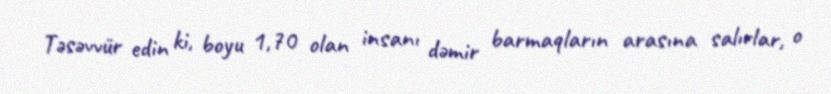
Təsəvvür edin ki, boyu 1,70 olan insanı dəmir barmaqların arasına salırlar, o